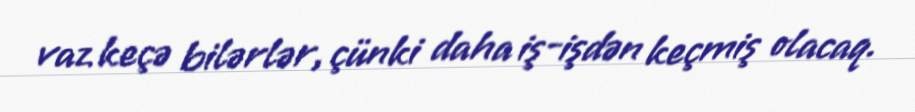
vaz keçə bilərlər, çünki daha iş-işdən keçmiş olacaq.